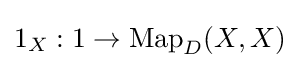
1_{X}:1\to \operatorname {Map} _{D}(X,X)